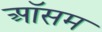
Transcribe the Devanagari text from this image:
ऑसम